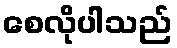
စေလိုပါသည်